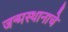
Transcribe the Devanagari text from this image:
जन्मस्थानाचे